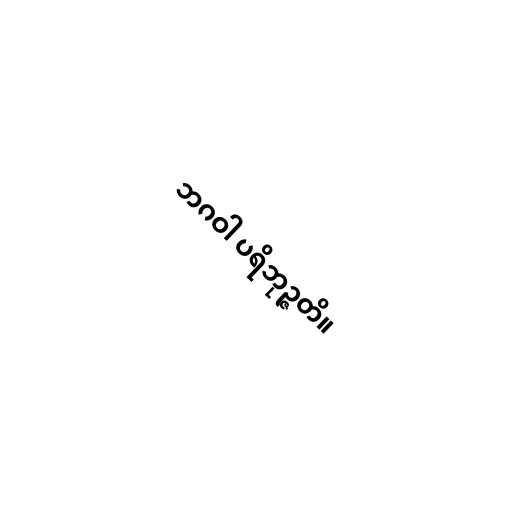
ဘဂဝါ ပရိဘုဉ္ဇတိ။